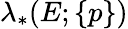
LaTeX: \lambda_{*}(E;\{ p\} )